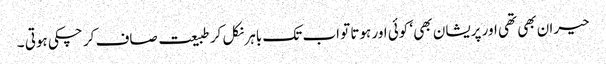
حیران بھی تھی اور پریشان بھی ‘ کوئی اور ہوتا تو اب تک باہر نکل کر طبیعت صاف کر چکی ہوتی ۔